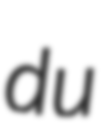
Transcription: du